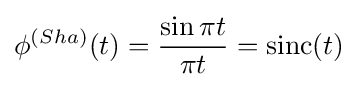
\phi ^{(Sha)}(t)={\frac {\sin \pi t}{\pi t}}=\operatorname {sinc} (t)